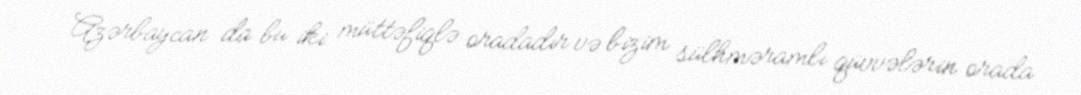
Azərbaycan da bu iki müttəfiqlə oradadır və bizim sülhməramlı qüvvələrin orada